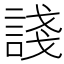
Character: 諓